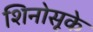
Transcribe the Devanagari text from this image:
शिनोसूके